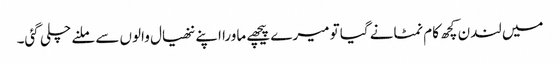
میں لندن کچھ کام نمٹانے گیا تو میرے پیچھے ماورا اپنے ننھیال والوں سے ملنے چلی گئی۔